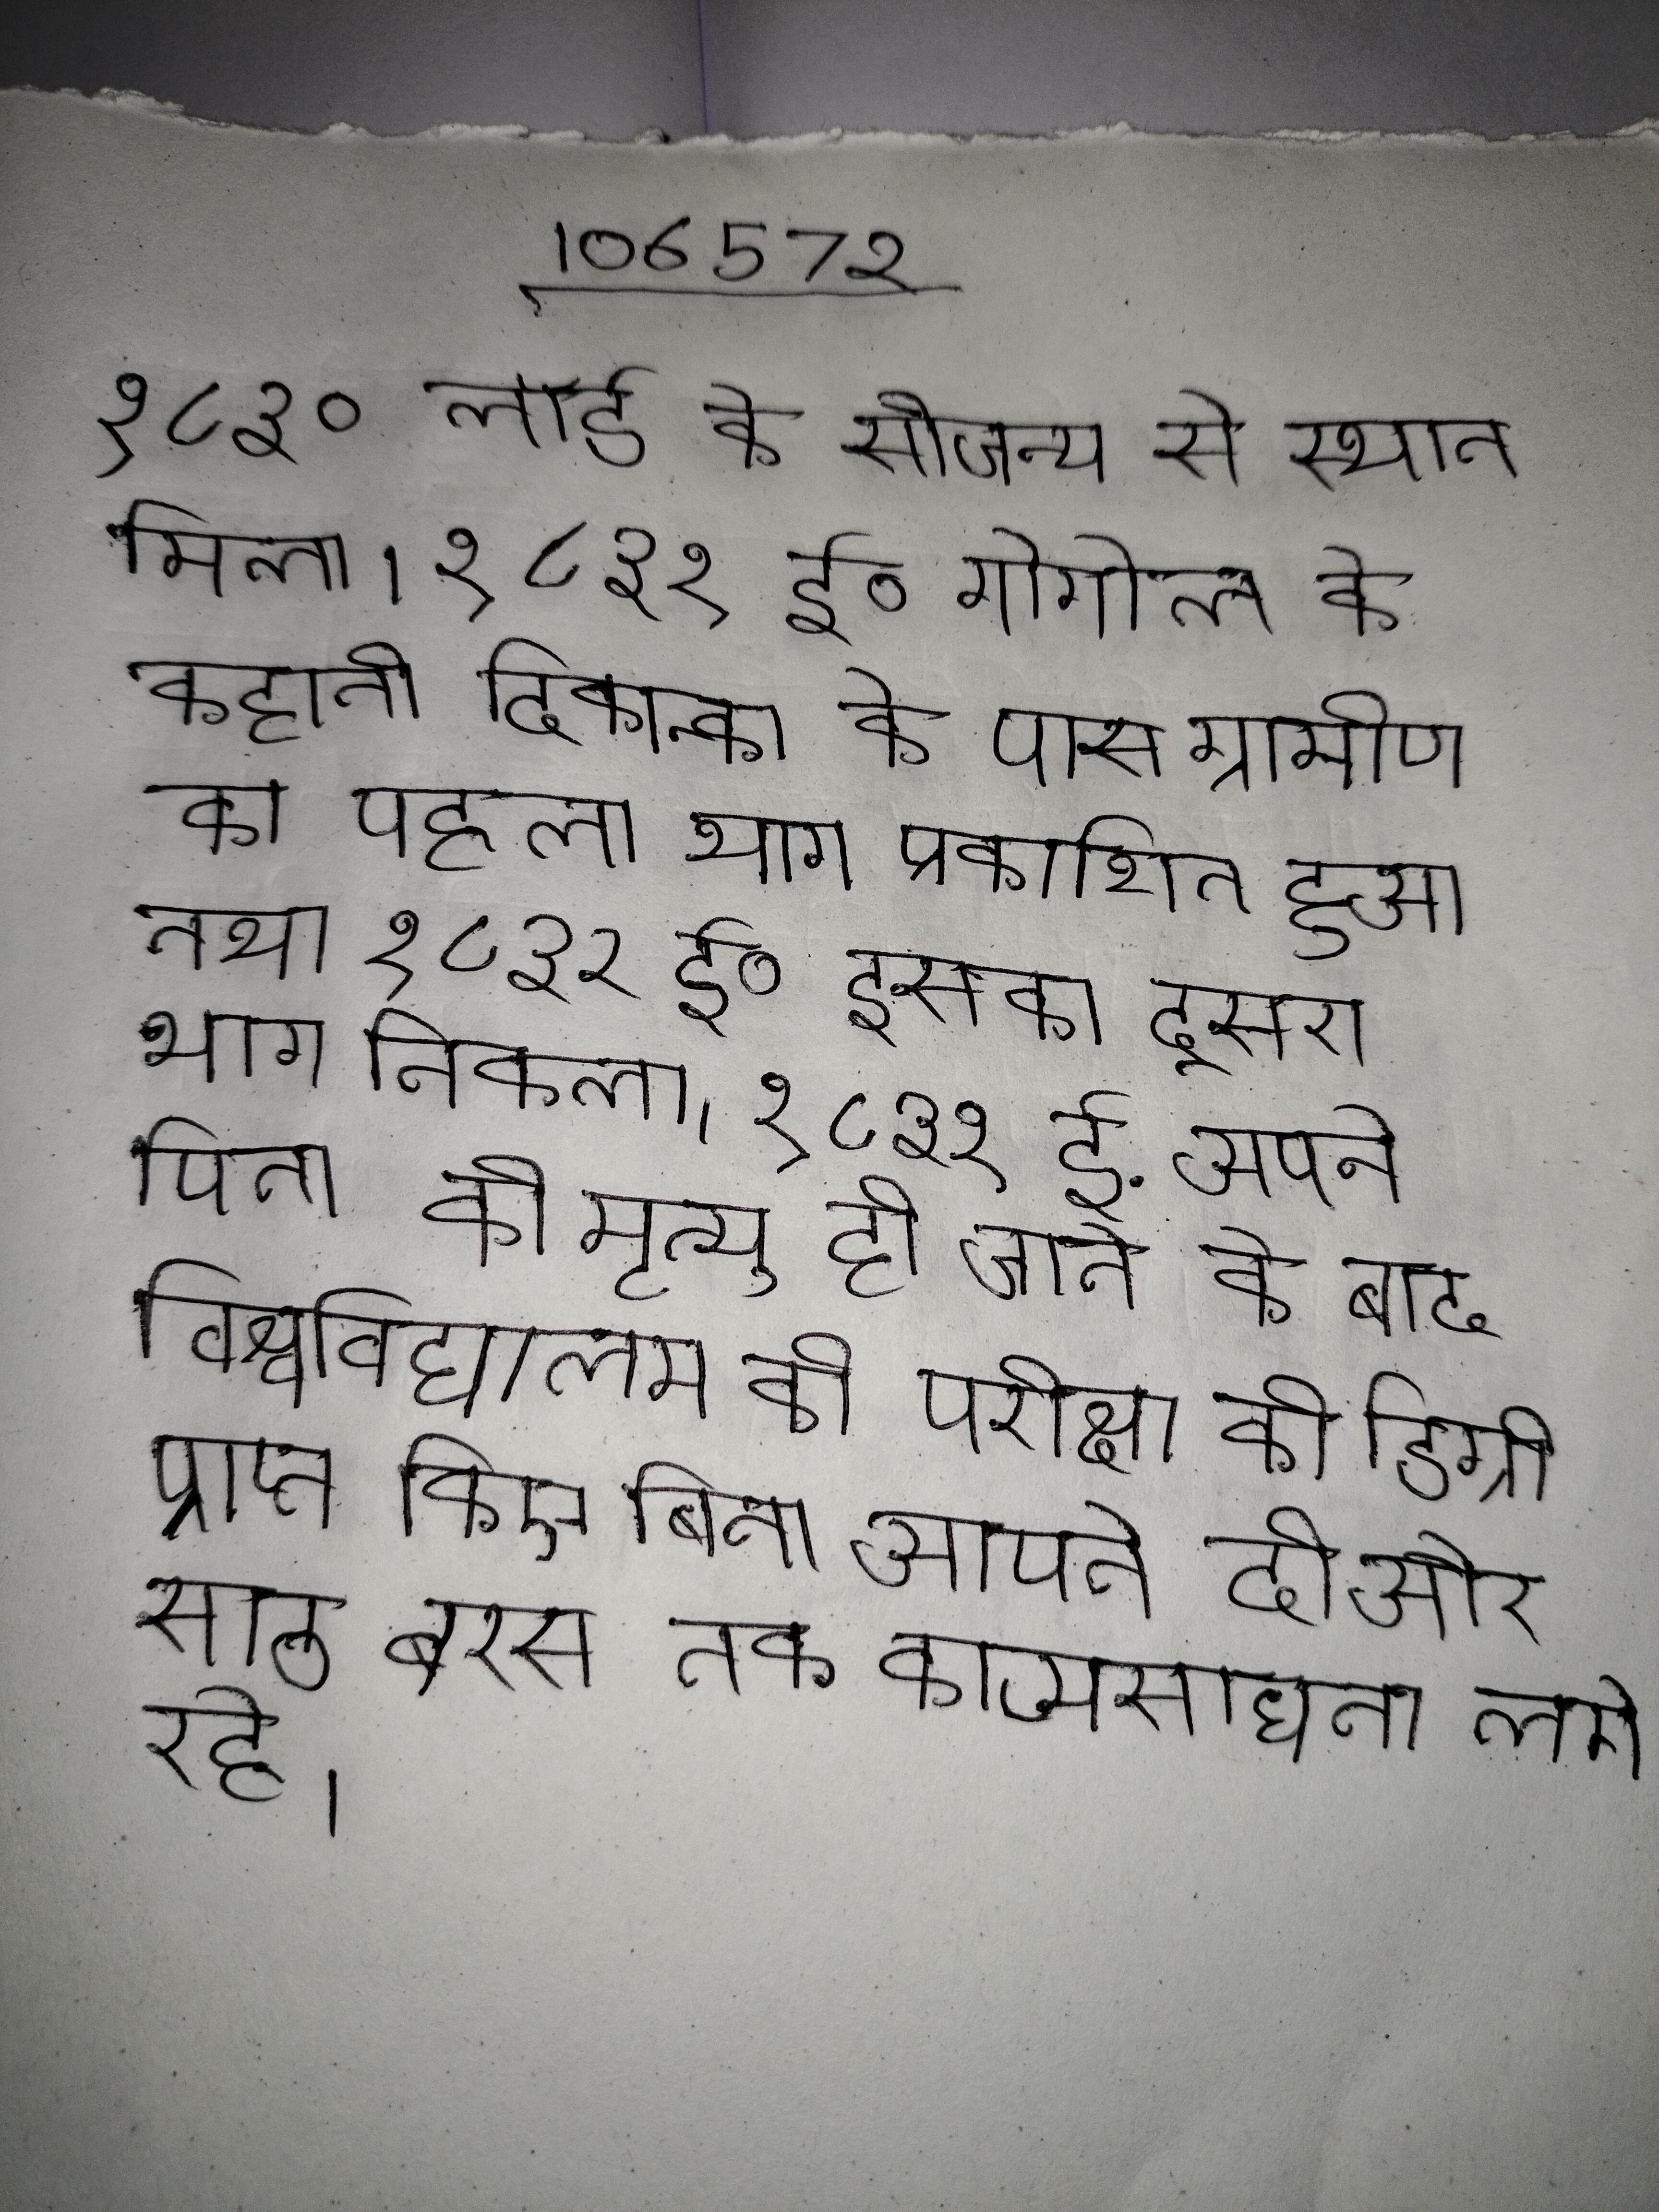
१८३० लॉर्ड के सौजन्य से स्थान मिला । १८३१ ई० गोगोल के कहानी दिकान्का के पास ग्रामीण का पहला भाग प्रकाशित हुआ तथा १८३२ ई० इसका दूसरा भाग निकला । १८३१ ई. अपने पिता की मृत्यु हो जाने के बाद विश्वविद्यालय की परीक्षा की डिग्री प्राप्त किए बिना आपने दी और साठ बरस तक काव्यसाधना लगे रहे ।